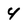
Character: 4